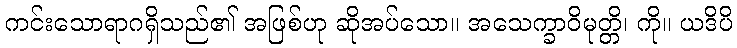
ကင်းသောရာဂရှိသည်၏ အဖြစ်ဟု ဆိုအပ်သော။ အသေက္ခာဝိမုတ္တိ၊ ကို။ ယဒိပိ